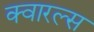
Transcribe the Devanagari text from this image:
क्वारल्स